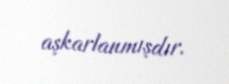
aşkarlanmışdır.